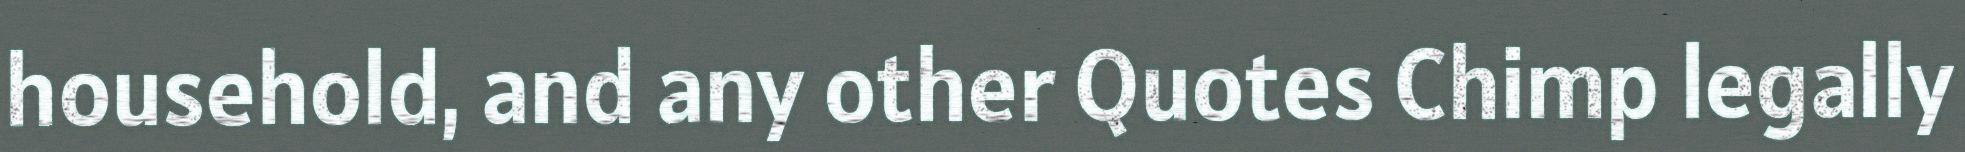
household, and any other Quotes Chimp legally